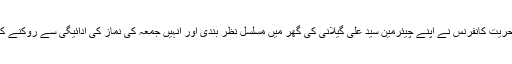
دریں اثنا کل جماعتی حریت کانفرنس نے اپنے چیئرمین سید علی گیلانی کی گھر میں مسلسل نظر بندی اور انہیں جمعہ کی نماز کی ادائیگی سے روکنے کی شدید مذمت کی ہے۔